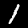
Digit: 1